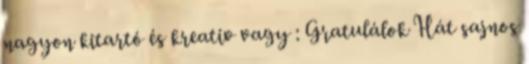
nagyon kitartó és kreativ vagy : Gratulálok Hát sajnos